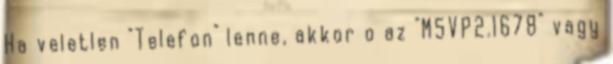
Ha veletlen "Telefon" lenne, akkor o az "M5VP2.1678" vagy